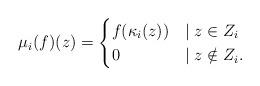
LaTeX: \begin{align*}\mu_i(f)(z) = \begin{cases} f(\kappa_i(z)) &\mid z\in Z_i \\ 0 &\mid z\notin Z_i. \end{cases}\end{align*}